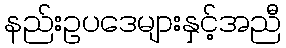
နည်းဥပဒေများနှင့်အညီ